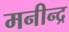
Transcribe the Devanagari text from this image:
मनीन्द्र